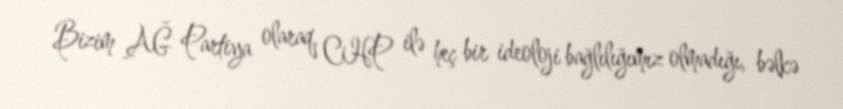
Bizim AĞ Partiya olaraq, CHP ilə heç bir ideoloji bağlılığımız olmadığı, bəlkə